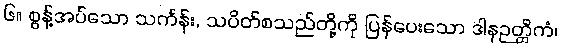
၆။ စွန့်အပ်သော သင်္ကန်း, သပိတ်စသည်တို့ကို ပြန်ပေးသော ဒါနဉတ္တိကံ၊